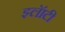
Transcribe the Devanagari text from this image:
झ्लॅाटी